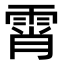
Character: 霄